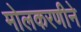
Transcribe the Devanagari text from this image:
मोलकरणीने